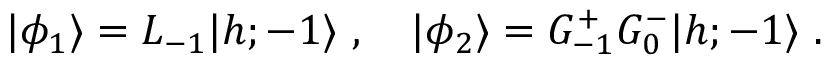
\vert \phi _ { 1 } \rangle = L _ { - 1 } \vert { h ; - 1 } \rangle { } ~ , { } ~ { } ~ { } ~ \vert \phi _ { 2 } \rangle = G _ { - 1 } ^ { + } G _ { 0 } ^ { - } \vert { h ; - 1 } \rangle { } ~ .